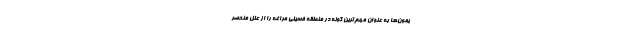
یمون‌ها به عنوان مهم‌ترین گونه در منطقه فسیلی مراغه را از علل منحصر